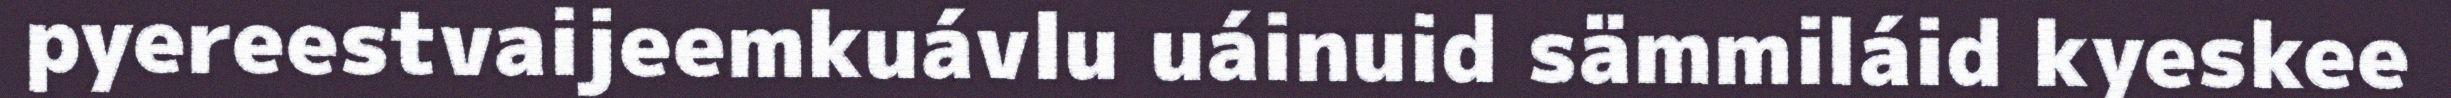
pyereestvaijeemkuávlu uáinuid sämmiláid kyeskee